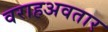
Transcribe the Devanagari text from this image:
वराहअवतार